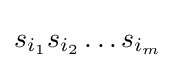
s_{i_{1}}s_{i_{2}}\dots s_{i_{m}}